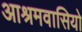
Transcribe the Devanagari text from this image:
आश्रमवासियो